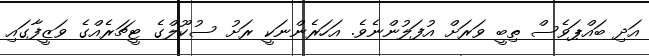
އަދި ބައްޕަވެސް ތިބީ ވަރަށް އުފަލުންނެވެ. އަހަރެންނަކީ ރަށު ސުކޫލްގެ ޓީޗަރެއްގެ ވަޒީފާގައި